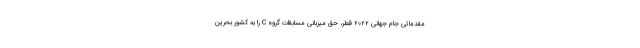
مقدماتی جام جهانی ۲۰۲۲ قطر، حق میزبانی مسابقات گروه C را به کشور بحرین